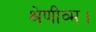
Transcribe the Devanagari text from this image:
श्रेणीव्म।